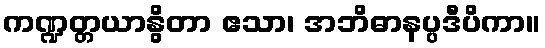
ကဏ္ဍတ္တယာနွိတာ ဧသာ၊ အဘိဓာနပ္ပဒီပိကာ။